Civil Veterinary Department Bengal reports 1933-51 - 1933-1951
Year: 1933
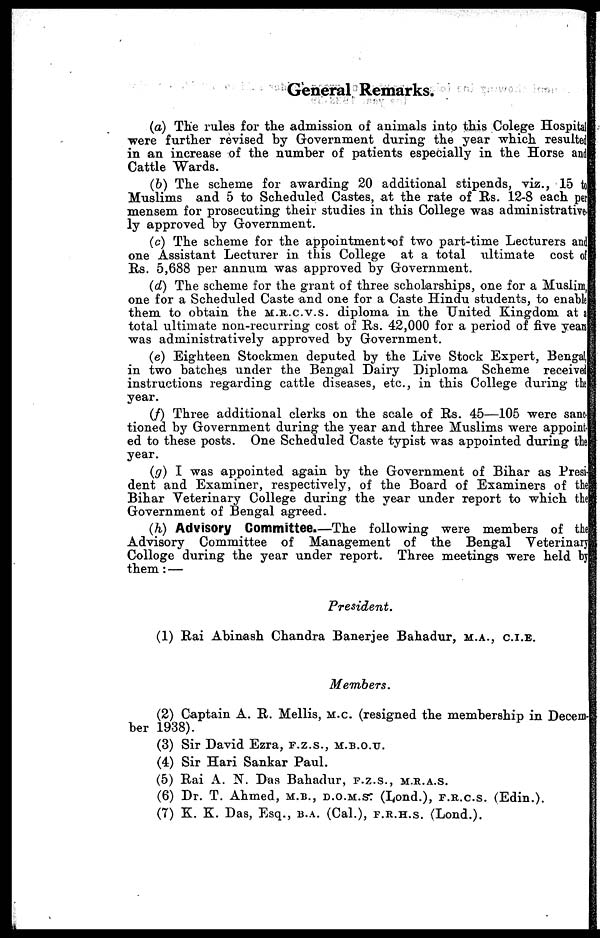
General Remarks.
(a) The rules for the admission of animals into this Colege Hospital
were further revised by Government during the year which resulted
in an increase of the number of patients especially in the Horse and
Cattle Wards.
(b) The scheme for awarding 20 additional stipends, viz., 15 to
Muslims and 5 to Scheduled Castes, at the rate of Rs. 12-8 each per
mensem for prosecuting their studies in this College was administrative-
ly approved by Government.
(c) The scheme for the appointment of two part-time Lecturers and
one Assistant Lecturer in this College at a total ultimate cost of
Rs. 5,688 per annum was approved by Government.
(d) The scheme for the grant of three scholarships, one for a Muslim
one for a Scheduled Caste and one for a Caste Hindu students, to enable
them to obtain the M.R.C.V.S. diploma in the United Kingdom at a
total ultimate non-recurring cost of Rs. 42,000 for a period of five years
was administratively approved by Government.
(e) Eighteen Stockmen deputed by the Live Stock Expert, Bengal
in two batches under the Bengal Dairy Diploma Scheme received
instructions regarding cattle diseases, etc., in this College during the
year.
(f) Three additional clerks on the scale of Rs. 45—105 were sanc-
tioned by Government during the year and three Muslims were appoint-
ed to these posts. One Scheduled Caste typist was appointed during the
year.
(g) I was appointed again by the Government of Bihar as Presi
dent and Examiner, respectively, of the Board of Examiners of the
Bihar Veterinary College during the year under report to which the
Government of Bengal agreed.
(h) Advisory Committee.—The following were members of the
Advisory Committee of Management of the Bengal Veterinary
Colloge during the year under report. Three meetings were held by
them: —
President.
(1) Rai Abinash Chandra Banerjee Bahadur, M.A., C.I.E.
Members.
(2) Captain A. R. Mellis, M.C. (resigned the membership in Decem-
ber 1938).
(3) Sir David Ezra, F.Z.S., M.B.O.U.
(4) Sir Hari Sankar Paul.
(5) Rai A. N. Das Bahadur, F.Z.S., M.R.A.S.
(6) Dr. T. Ahmed, M.B., D.O.M.S. (Lond.), F.R.C.S. (Edin.).
(7) K. K. Das, Esq., B.A. (Cal.), F.R.H.S. (Lond.).